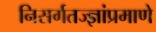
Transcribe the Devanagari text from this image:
निसर्गतज्ज्ञांप्रमाणे